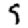
Digit: 9